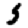
Digit: 5